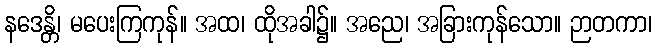
နဒေန္တိ၊ မပေးကြကုန်။ အထ၊ ထိုအခါ၌။ အညေ၊ အခြားကုန်သော။ ဉာတကာ၊